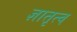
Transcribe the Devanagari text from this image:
ज्ञातृत्व